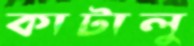
কাটালু